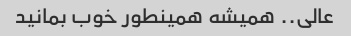
عالی.. همیشه همینطور خوب بمانید